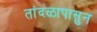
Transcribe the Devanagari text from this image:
तांदळापासुन